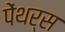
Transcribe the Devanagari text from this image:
पेंथर्स